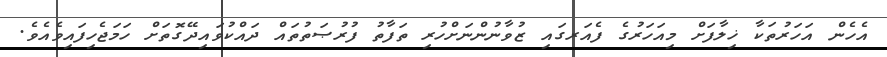
އެހެން އަހަރުތަކާ ޚިލާފަށް މިއަހަރުގެ ފެއަރގައި ޒުވާނުންނަށްހުރި ތަފާތު ފުރުޞަތުތައް ދައްކުވައިދޭގޮތަށް ހަމަޖެހިފައިވެއެވެ.